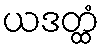
ယဒတ္ထံ